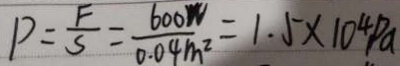
P = \frac { F } { S } = \frac { 6 0 0 W } { 0 . 0 4 m ^ { 2 } } = 1 . 5 \times 1 0 ^ { 4 } P a